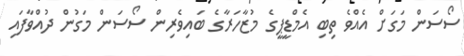
ސޯސަން މަގަށް އެއްވެ ތިބި އެމްޑީޕީގެ މުޒާހަރާގެ ބައިވެރިން ސޯސަން މަގުން ދުއްވާފައި